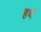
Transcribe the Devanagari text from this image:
हर्थ